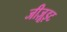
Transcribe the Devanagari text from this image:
जीज़ूइट